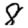
Digit: 8